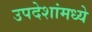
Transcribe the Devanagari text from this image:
उपदेशांमध्ये